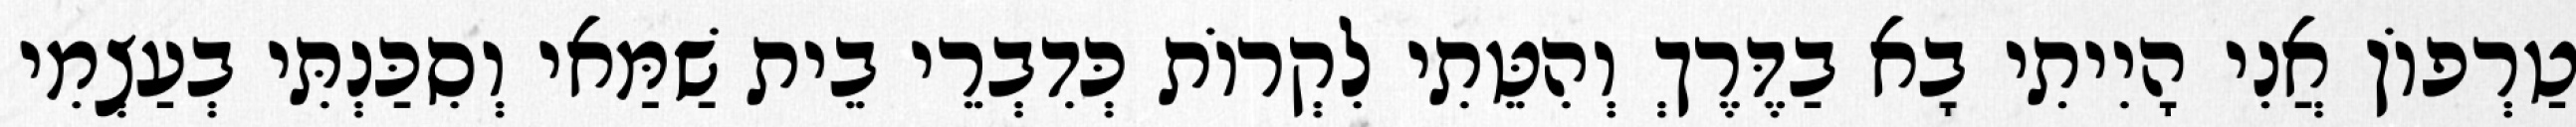
טַרְפוֹן אֲנִי הָיִיתִי בָא בַדֶּרֶךְ וְהִטֵּתִי לִקְרוֹת כְּדִבְרֵי בֵית שַׁמַּאי וְסִכַּנְתִּי בְעַצְמִי